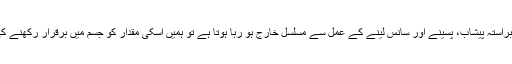
پانی چونکہ ہمارے جسم سے براستہ پیشاب، پسینے اور سانس لینے کے عمل سے مسلسل خارج ہو رہا ہوتا ہے تو ہمیں اسکی مقدار کو جسم میں برقرار رکھنے کی بے حد ضرورت ہوتی ہے ۔